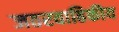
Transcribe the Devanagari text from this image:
जठरवाहिकीय